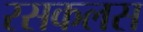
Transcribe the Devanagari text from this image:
रसकलस